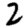
Digit: 2